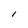
Character: l